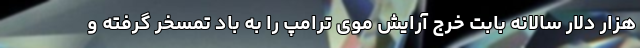
هزار دلار سالانه بابت خرج آرایش موی ترامپ را به باد تمسخر گرفته و